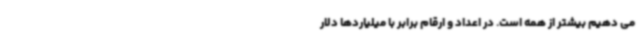
می دهیم بیشتر از همه است. در اعداد و ارقام برابر با میلیاردها دلار